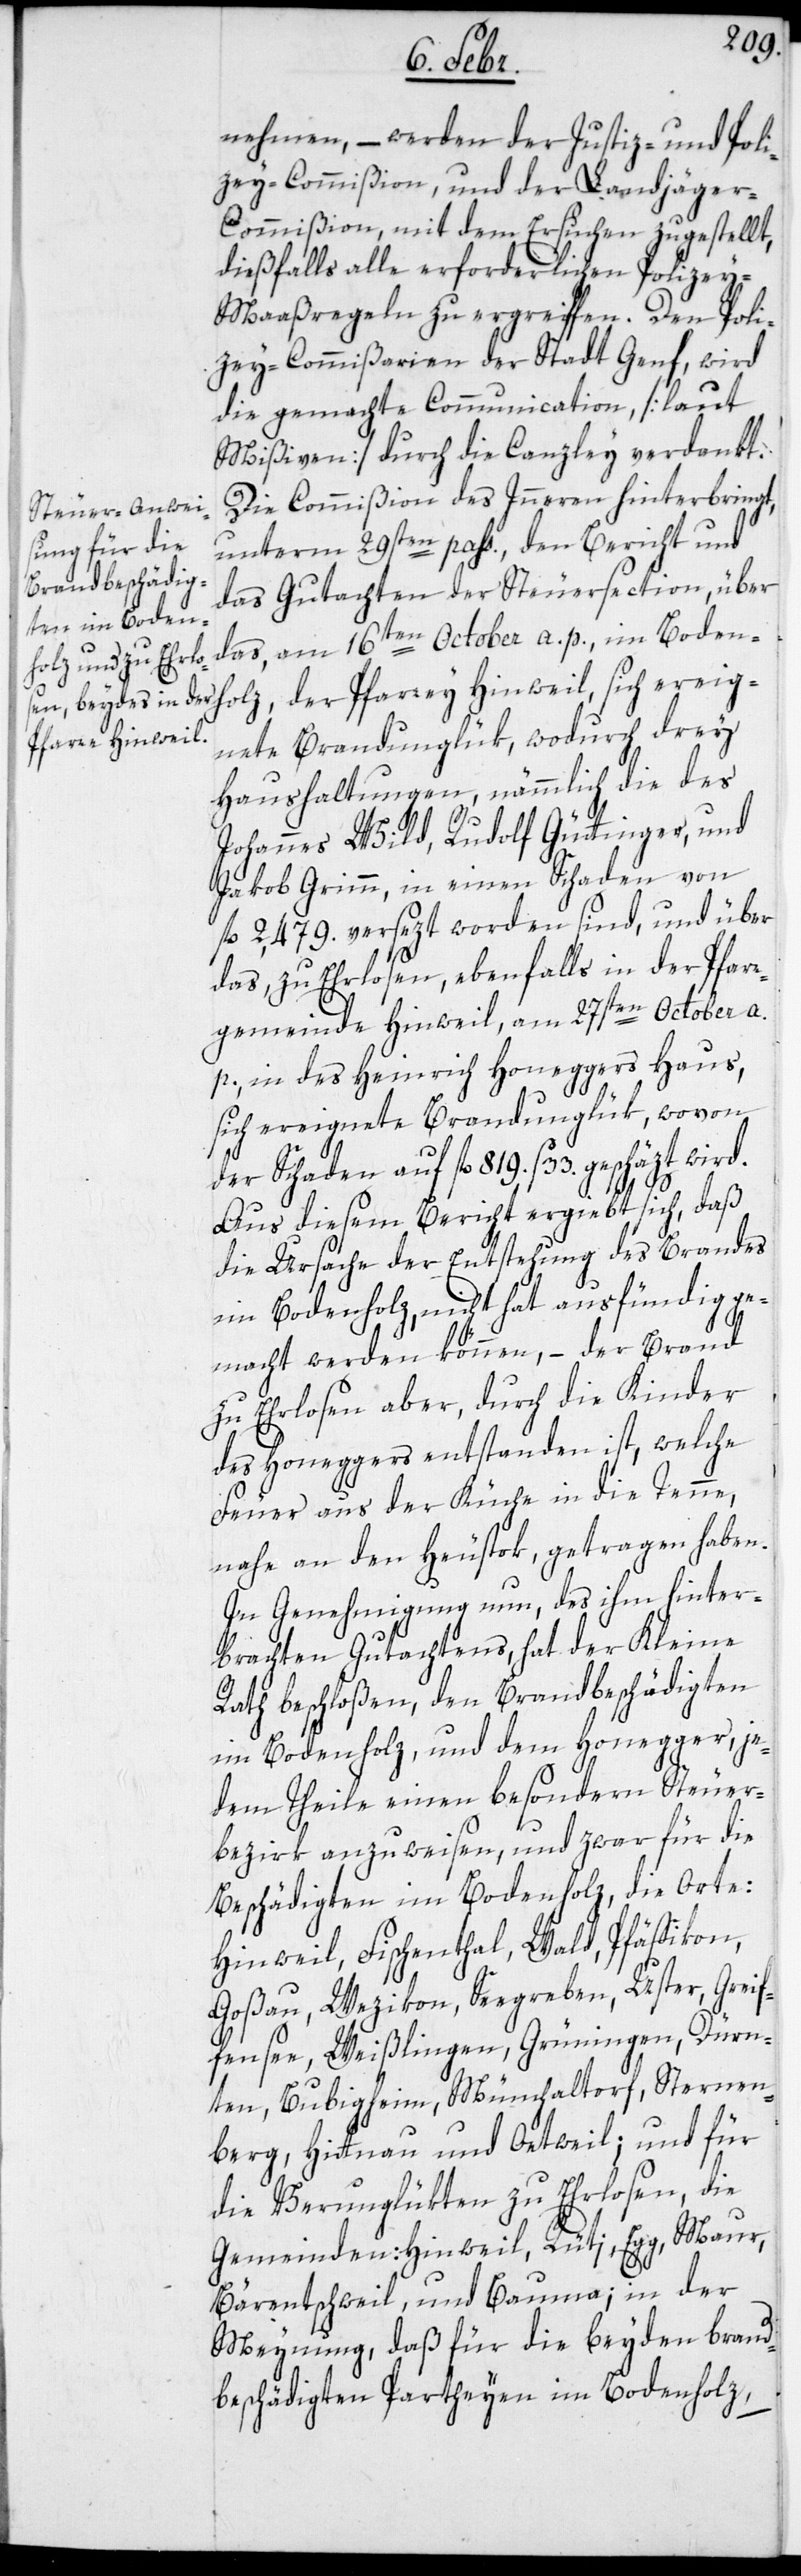
nehmen, – werden der Justiz- und Poli¬
zey-Commißion und der Landjäge¬
r-Commißion, mit dem Ersuchen zugestellt,
dießfalls alle erforderlichen Polizey-M¬
aaßregeln zu ergreiffen. Den Poli¬
zey-Commißarien der Stadt Genf, wird
die gemachte Communication, [laut
Mißiven] durch die Canzley verdankt.
Die Commißion des Inneren hinterbringt,
unterm 29sten pass., den Bericht und
das Gutachten der Steuersection, über
das, am 16ten October a. p. im Bodenholz,
Pfarrey Hinweil,
Haushaltungen, nämmlich die des
Johannes Wild, Rudolf Güttinger und
Jakob Grimm, in einen Schaden von
fl. 2,479. versezt worden sind, und über
das, zu Ehrlosen, ebenfalls in der Pfarr¬
gemeinde Hinweil, am 27sten October a.
p., in des Heinrich Honeggers Haus,
sich ereignete Brandunglük, wovon
der Schaden auf fl. 819. ß 33. geschäzt
Aus diesem Bericht ergiebt sich, daß
die Ursache der Entstehung des Brandes
im Bodenholz, nicht hat ausfündig ge¬
macht werden können, – der Brand
zu Ehrlosen aber, durch die Kinder
des Honeggers entstanden ist, welche
Feuer aus der Küche in die Tenne,
nahe an den Heustok getragen haben.
In Genehmigung nun, des ihm hinter¬
brachten Gutachtens, hat der Kleine
Rath beschloßen, den Brandbeschädigten
im Bodenholz, und dem Honegger, je¬
dem Theile einen besondern Steuer¬
bezirk anzuweisen, und zwar für die
Beschädigten im Bodenholz, die Orte:
Hinweil, Fischenthal, Wald, Pfäffikon,
Goßau, Wezikon, Seegreben, Uster, Greif¬
fensee, Weißlingen, Grüningen, Dürn¬
ten, Bubigheim, Mönchaltorf, Sternen¬
berg, Hittnau und Oetwil; und für
die Verunglükten zu Ehrlosen, die
Gemeinden: Hinweil, Rüti, Egg, Maur,
Bärentschweil, und Bauma; in der
Meynung, daß für die beyden brand¬
beschädigten Partheyen im Bodenholz